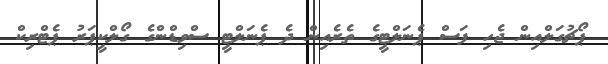
ޕޯޗުގަލްއިން ޖެހި ފަސް ޕެނަލްޓީގެ ތެރެއިން ދެ ޕެނަލްޓީ ސްވިޑްންގެ ގޯލްކީޕަރު ޕެޓްރިކް